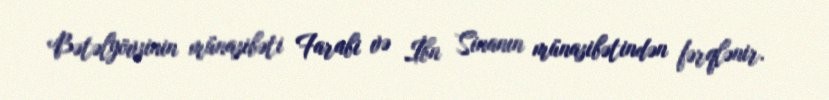
Bətəlyövsinin münasibəti Farabi və İbn Sinanın münasibətindən fərqlənir.